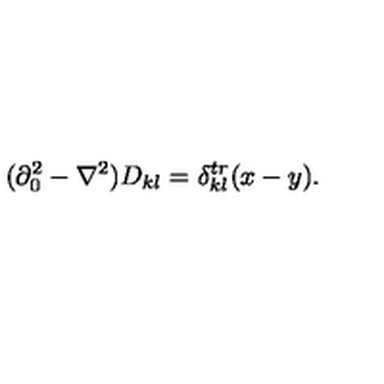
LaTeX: ( \partial _ { 0 } ^ { 2 } - \nabla ^ { 2 } ) D _ { k l } = \delta _ { k l } ^ { t r } ( x - y ) .